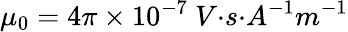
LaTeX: {\mu}_{0}=4\pi\times{10}^{-7}{\ V}{{·}}{s}{{·}}{{A}}^{{-}{1}}{{m}}^{{-}{1}}